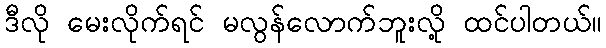
ဒီလို မေးလိုက်ရင် မလွန်လောက်ဘူးလို့ ထင်ပါတယ်။